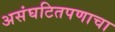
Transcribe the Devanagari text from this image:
असंघटितपणाचा